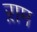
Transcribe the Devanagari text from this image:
ऱाम